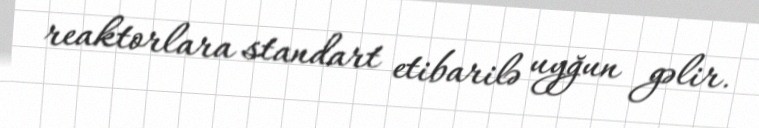
reaktorlara standart etibarilə uyğun gəlir.